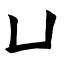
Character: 凵